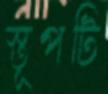
স্তূপটি